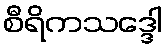
စီရိကသဒ္ဒေါ